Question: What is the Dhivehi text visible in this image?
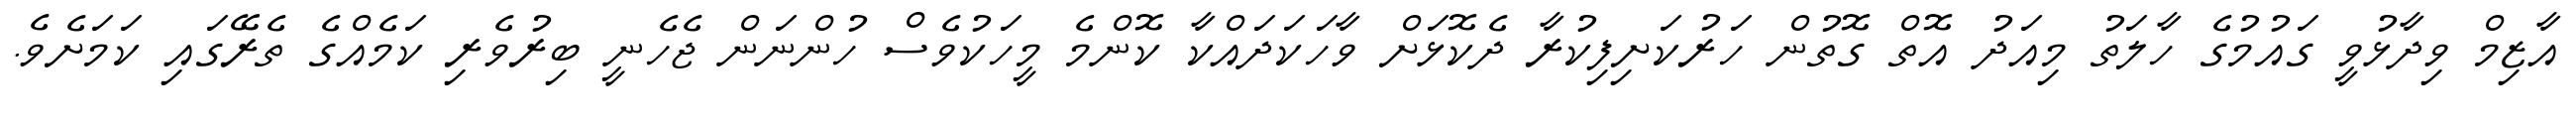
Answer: އާޒިމް ވިދާޅުވީ ގައުމުގެ ހާލަތު މިއަދު އޮތް ގޮތުން ހަރުކަށިފިކުރާ ދެކޮޅަށް ވާހަކަދައްކާ ކޮންމެ މީހަކުވެސް ހުންނަން ޖެހެނީ ބިރުވެރި ކަމެއްގެ ތެރޭގައި ކަމަށެވެ.